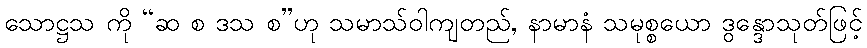
သောဋ္ဌသ ကို “ဆ စ ဒသ စ”ဟု သမာသ်ဝါကျတည်, နာမာနံ သမုစ္စယော ဒွန္ဒောသုတ်ဖြင့်